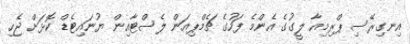
އިނގިރޭސި ޕްރިމިއާ ލީގުގެ އެންމެ ފަހުގެ ޗެމްޕިއަން ލެސްޓާއިން ޔުނައިޓެޑް ކޮޅަށް ޖެހި